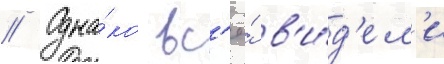
// Одна́ко вс'ё́ в'и́д'ел'и